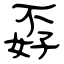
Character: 孬